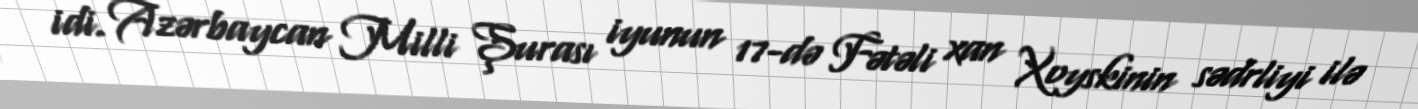
idi. Azərbaycan Milli Şurası iyunun 17-də Fətəli xan Xoyskinin sədrliyi ilə